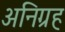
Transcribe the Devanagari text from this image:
अनिग्रह